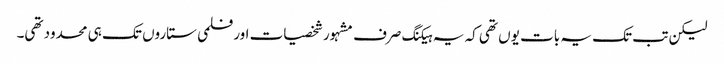
لیکن تب تک یہ بات یوں تھی کہ یہ ہیکنگ صرف مشہور شخصیات اور فلمی ستاروں تک ہی محدود تھی۔